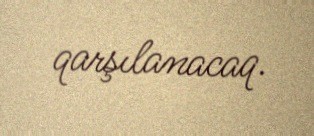
qarşılanacaq.